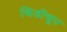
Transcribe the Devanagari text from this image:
चिडीचूप